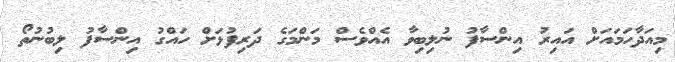
މިއަދާހަމައަށް އައިރު އިންސާފު ނުލިބިވާ އެއްވެސް މަންމަގެ ދަރިފުޅަށް ހައްގު އިންސާފު ލިބުނުތޯ